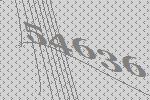
54636